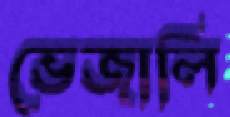
ভেজালি